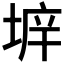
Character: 𡍔